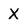
Character: X